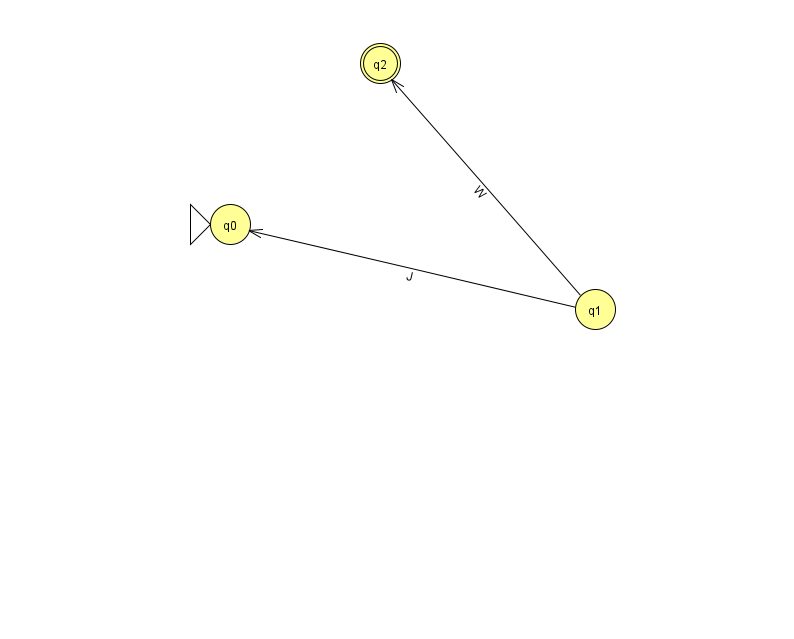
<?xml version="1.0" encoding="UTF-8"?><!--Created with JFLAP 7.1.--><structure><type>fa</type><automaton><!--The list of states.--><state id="0" name="q0"><x>230.0</x><y>211.0</y><initial/></state><state id="1" name="q1"><x>595.0</x><y>296.0</y></state><state id="2" name="q2"><x>380.0</x><y>50.0</y><final/></state><!--The list of transitions.--><transition><from>1</from><to>0</to><read>J</read></transition><transition><from>1</from><to>2</to><read>W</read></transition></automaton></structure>